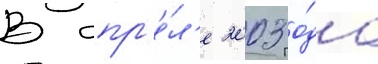
В апр'е́л'е 2003 го́да